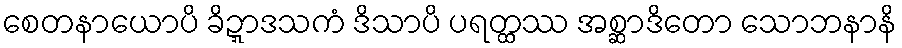
စေတနာယောပိ ခိဍ္ဍာဒသကံ ဒိသာပိ ပရတ္ထဿ အစ္ဆာဒိတော သောဘနာနိ